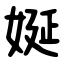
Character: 娫